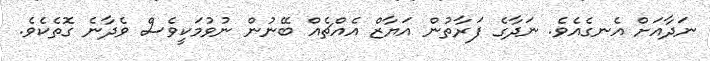
ނަދާއަށް އެނގެއެވެ. ނަދާގެ ފަރާތުން އަޔާޒް އެއްޗެއް ބޭނުން ނުވުމަކީވެސް ވެދާނެ ގޮތެކެވެ.